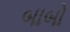
બાબો